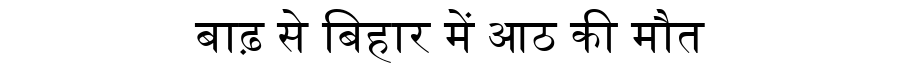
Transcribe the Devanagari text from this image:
बाढ़ से बिहार में आठ की मौत